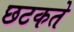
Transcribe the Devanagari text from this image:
छटकते